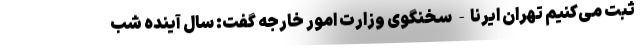
ثبت می‌کنیم تهران ایرنا- سخنگوی وزارت امور خارجه گفت: سال آینده شب